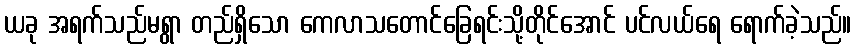
ယခု အရက်သည်မရွာ တည်ရှိသော ကေလာသတောင်ခြေရင်းသို့တိုင်အောင် ပင်လယ်ရေ ရောက်ခဲ့သည်။